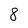
Character: 8